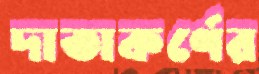
দাতাকর্ণের